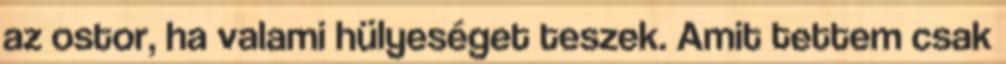
az ostor, ha valami hülyeséget teszek. Amit tettem csak